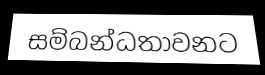
සම්බන්ධතාවනට